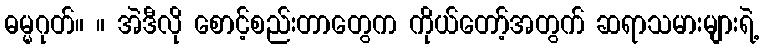
ဓမ္မဂုတ်။ ။ အဲဒီလို စောင့်စည်းတာတွေက ကိုယ်တော့်အတွက် ဆရာသမားများရဲ့